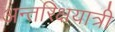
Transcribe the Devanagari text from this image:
अन्तरिक्षयात्री